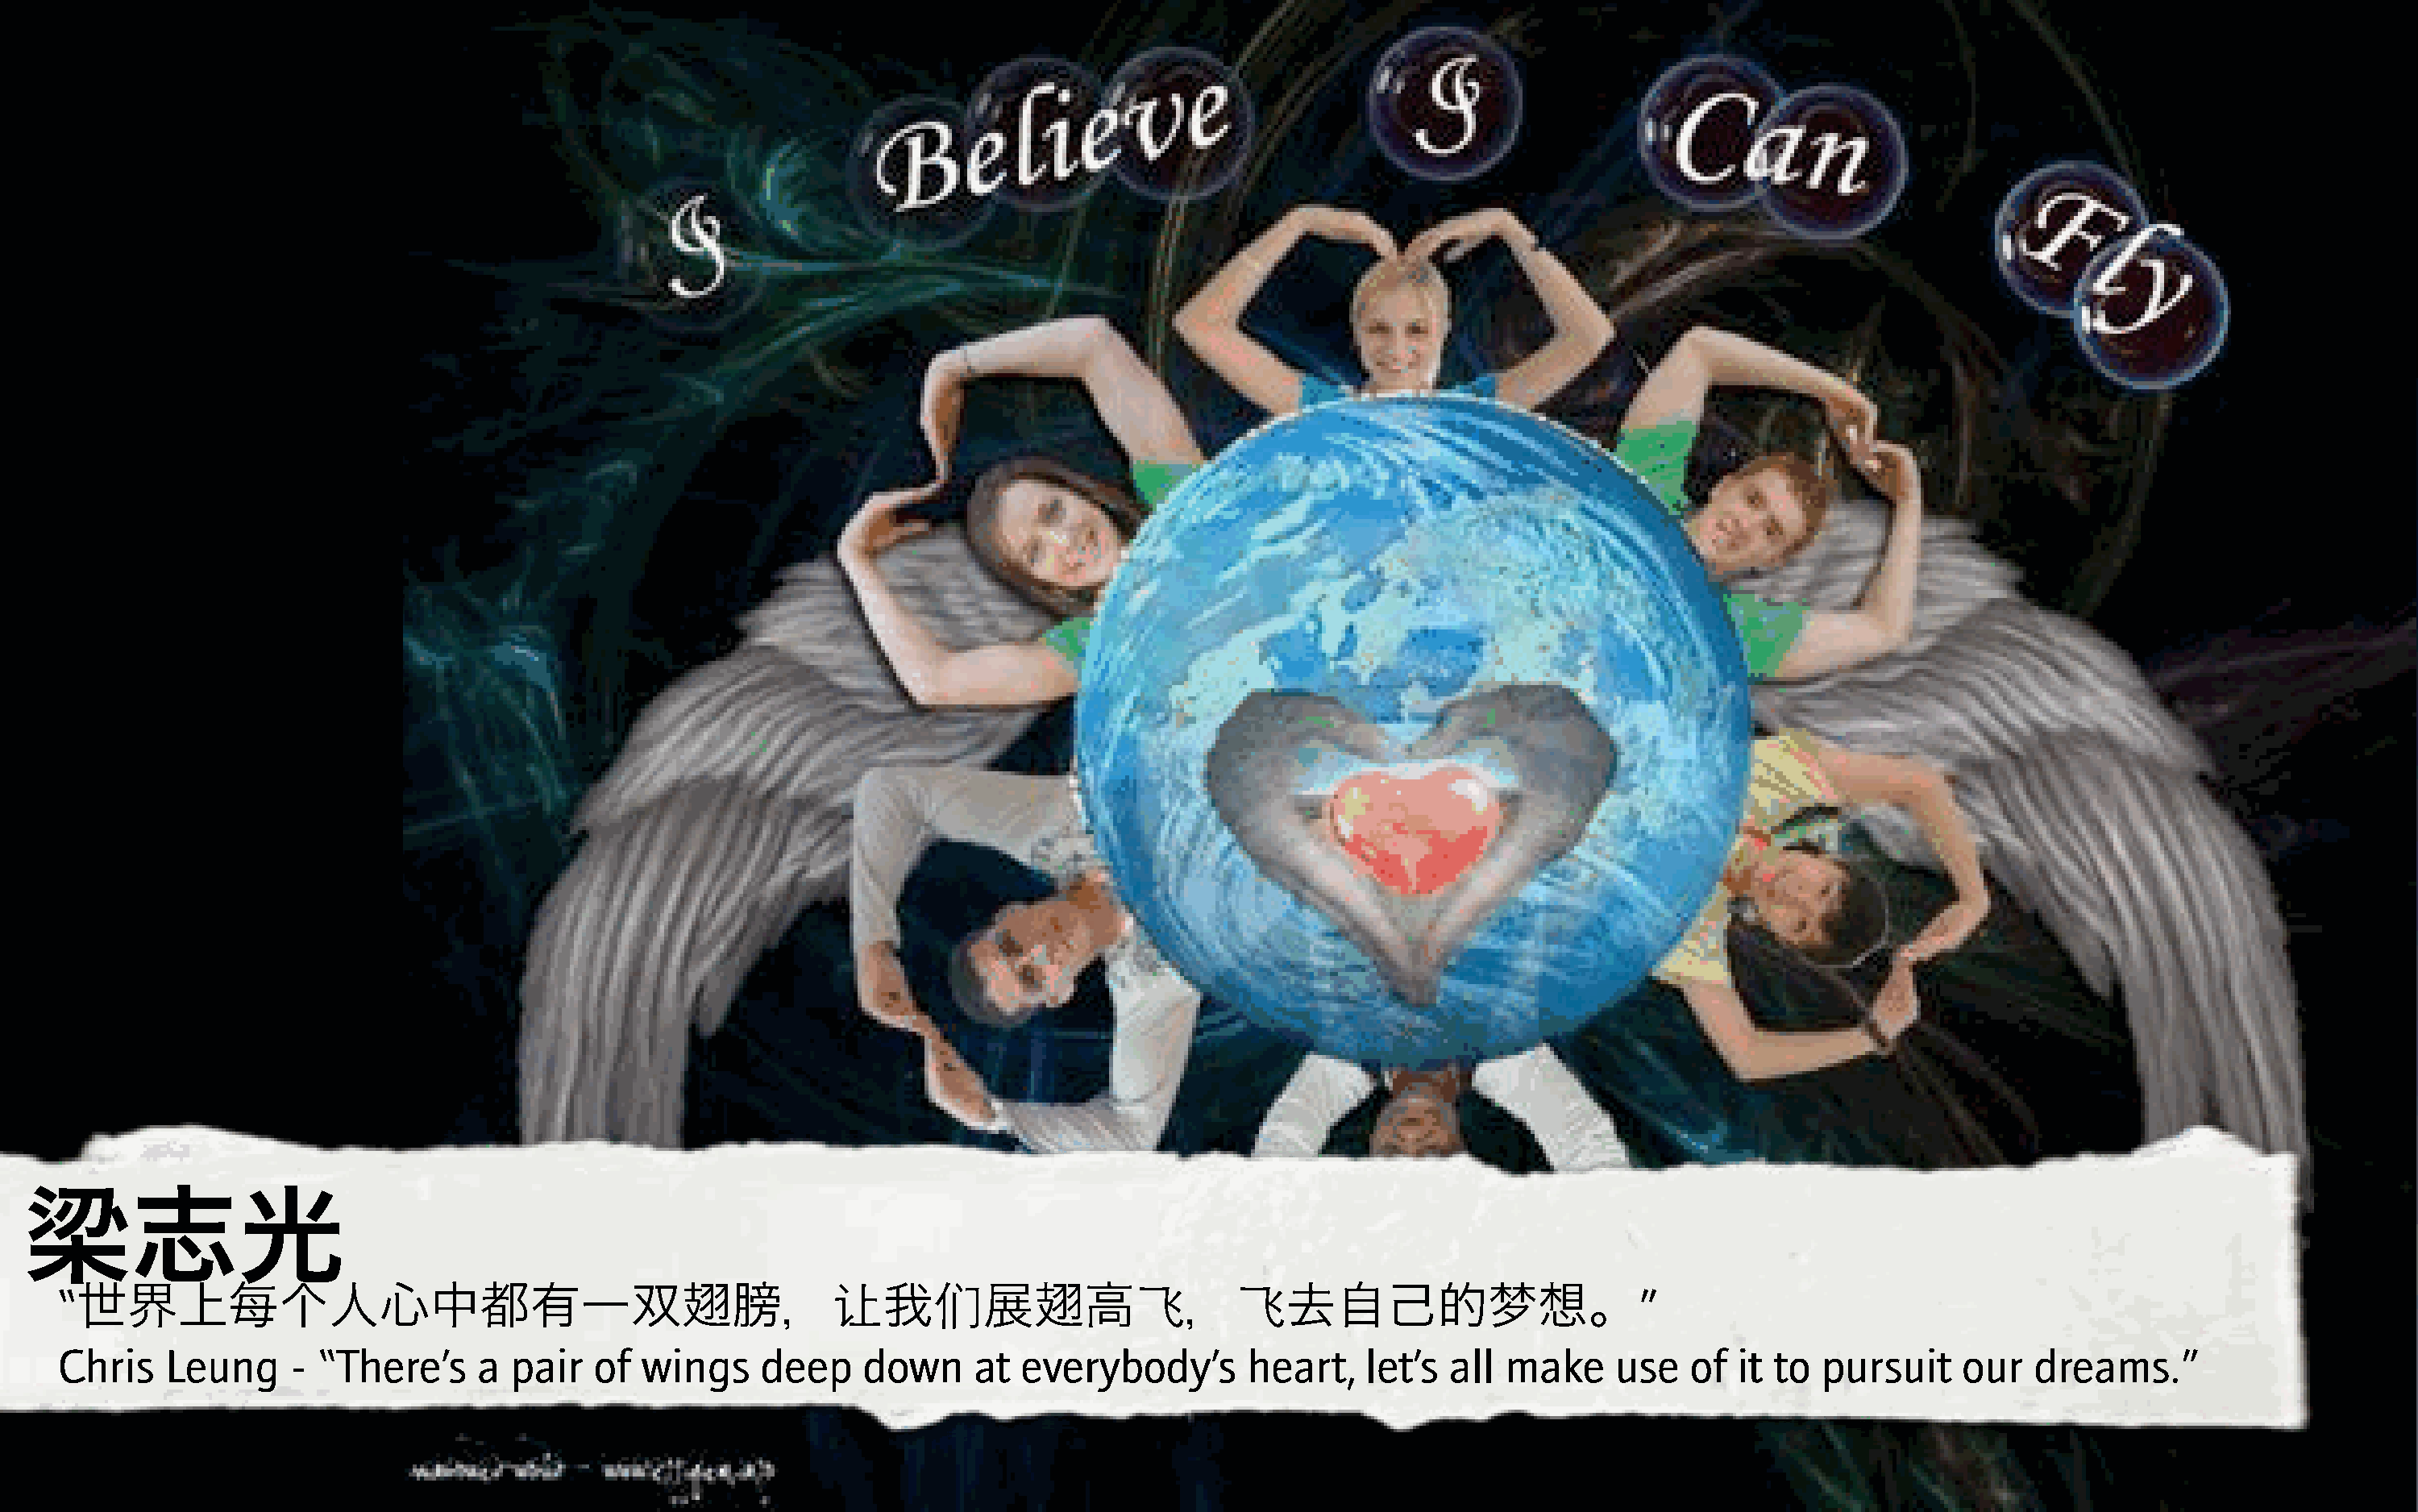
梁志光
 “                                                              N        ,               O       O                                 ”
 世界上每个人心中都有一双翅膀，                                                    我       展翅高             ，        去自己的梦想。
 Chris    Leung     - “There’s     a  pair   of  wings    deep     down     at  everybody’s       heart,    let’s  all  make     use   of  it to  pursuit    our   dreams.”